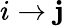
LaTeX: i\rightarrow\mathbf{j}